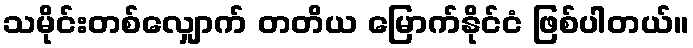
သမိုင်းတစ်လျှောက် တတိယ မြောက်နိုင်ငံ ဖြစ်ပါတယ်။